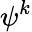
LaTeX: \psi^{k}